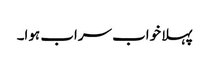
پہلا خواب سراب ہوا۔